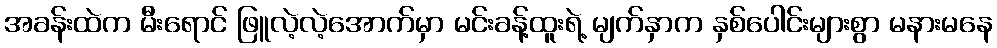
အခန်းထဲက မီးရောင် ဖြူလဲ့လဲ့အောက်မှာ မင်းခန့်ထူးရဲ့ မျက်နှာက နှစ်ပေါင်းများစွာ မနားမနေ